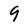
Character: 9